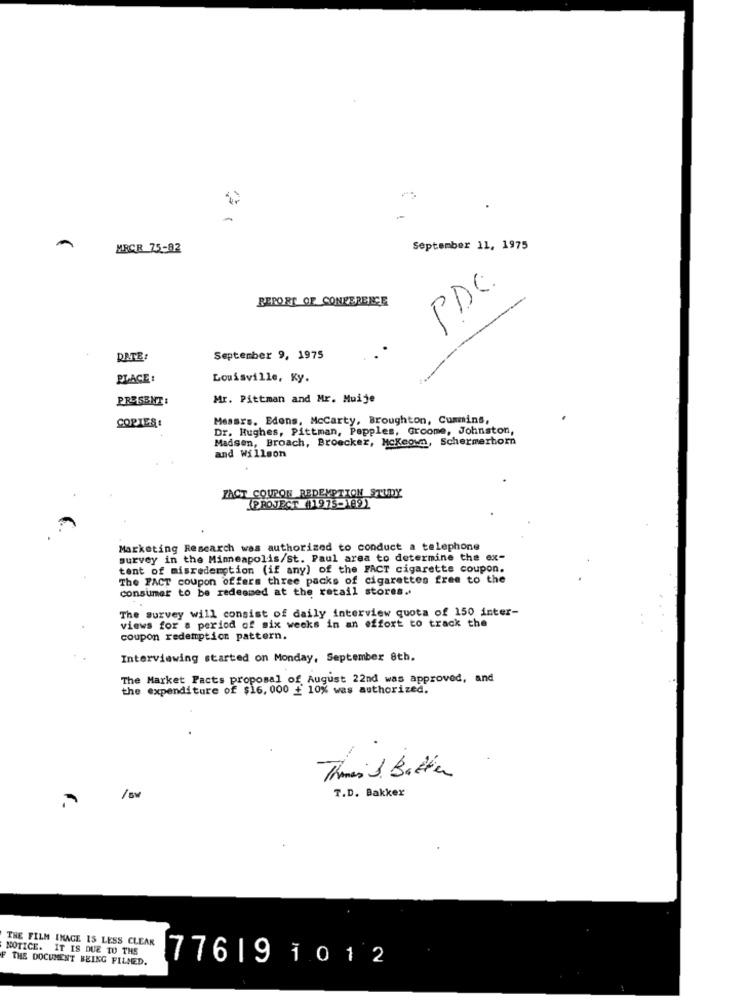
MRCR 75-82
September 11, 1975
PDC.
RESORT OF CONFERENCE
DATE:
September 9, 1975
PLACE:
Louisville, Ky.
PRESENT :
Mr. Pittman and Mr. Muije
Messrs. Edons, Mccarty, Broughton, Cummins,
COPIES:
Dr. Hughes, Pittman, Papples, Groome, Johnston,
Madsen, Broach, Broecker, Mckeown, Schermerhorn
and Willson
ZACT COUPON REDEMPTION STUDY
(PROJECT (1975-1991
Marketing Research was authorized to conduct a telephone
survey in the Minneapolis/st. Paul area to determine the ex-
tent of misredemption (if any) of the FACT cigarette coupon.
The FACT coupon offers three packs of cigarettes free to the
consumer to be redeemed at the retail stores ..
The survey will consist of daily interview quota of 150 inter-
views for a period of six weeks in an effort to track the
coupon redemption pattern.
Interviewing started on Monday, September 8th.
The Market Pacts proposal of August 22nd was approved, and
the expenditure of $16, 000 + 10% was authorized.
Thomas Batter
/ sv
T.D. Bakker
THE FILM IMAGE IS LESS CLEAR
NOTICE. IT IS DUE TO THE
F THE DOCUMENT BEING FILMED.
776191012